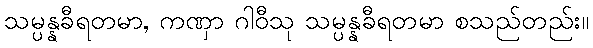
သမ္ပန္နခီရတမာ, ကဏှာ ဂါဝီသု သမ္ပန္နခီရတမာ စသည်တည်း။